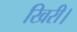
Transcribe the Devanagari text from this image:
खिरी।